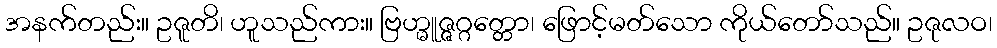
အနက်တည်း။ ဥဇူတိ၊ ဟူသည်ကား။ ဗြဟ္မူဇ္ဇဂ္ဂတ္တော၊ ဖြောင့်မတ်သော ကိုယ်တော်သည်။ ဥဇုလဝ၊